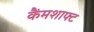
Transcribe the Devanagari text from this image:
कैंमशाफ्ट